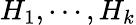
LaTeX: H_{1},\cdots,H_{k}